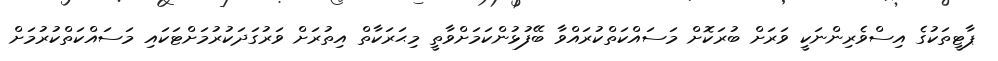
ޕާޓީތަކުގެ އިސްވެރިންނަކީ ވަރަށް ބުރަކޮށް މަސައްކަތްކުރައްވާ ބޭފުޅުންކަމަށްވާތީ މިޙަރަކާތް އިތުރަށް ވަރުގަދަކުރުމަށްޓަކައި މަސައްކަތްކުރުމަށް